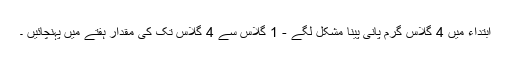
ابتداء میں 4 گلاس گرم پانی پینا مشکل لگے - 1 گلاس سے 4 گلاس تک کی مقدار ہفتے میں پہنچائیں ۔